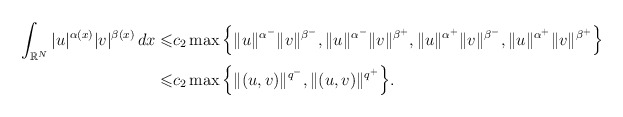
\begin{align*} \int_{\mathbb{R}^{N}}|u|^{\alpha(x)}|v|^{\beta(x)}\,dx \leqslant &c_{2}\max \Big\{\|u\|^{\alpha^{-}}\|v\|^{\beta^{-}}, \|u\|^{\alpha^{-}}\|v\|^{\beta^{+}}, \|u\|^{\alpha^{+}}\|v\|^{\beta^{-}},\|u\|^{\alpha^{+}}\|v\|^{\beta^{+}}\Big\}\\ \leqslant& c_{2}\max \Big\{\|(u,v)\|^{q^{-}}, \|(u,v)\|^{q^{+}}\Big\}. \end{align*}